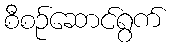
စီစဉ်ဆောင်ရွက်